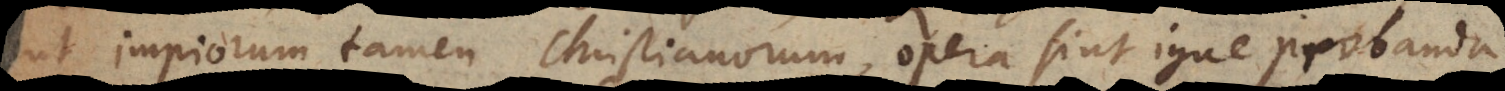
ut impiorum, tamen Christianorum, opera sint igne probanda